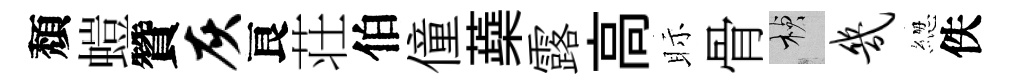
頽螘贊灰良荘伯僮蘃露高眎骨楨几緫佚